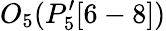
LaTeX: O_{5}(P_{5}^{\prime}[6-8])